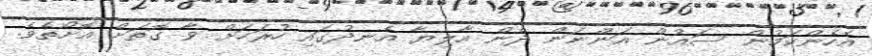
އެހެންކަމުން ސައުން އަންނަން ދެން އާލިޔާ އެނދުގައި ހުރަހަށް ވާ ގޮތަށް އޮށޯތެވެ.